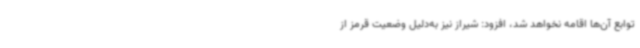
توابع آن‌ها اقامه نخواهد شد، افزود: شیراز نیز به‌دلیل وضعیت قرمز از